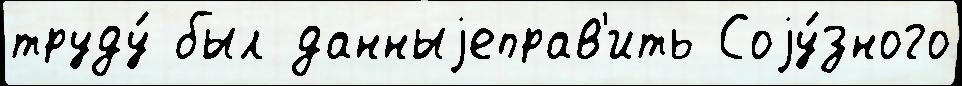
труду́ был данныjеправ'ить Соjу́зного